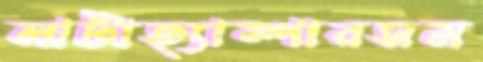
লাটাহ্যাম্পারসম